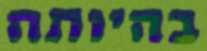
בהיותה